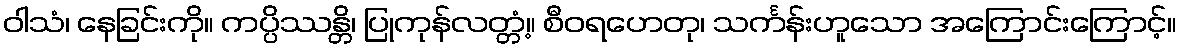
ဝါသံ၊ နေခြင်းကို။ ကပ္ပိဿန္တိ၊ ပြုကုန်လတ္တံ့။ စီဝရဟေတု၊ သင်္ကန်းဟူသော အကြောင်းကြောင့်။